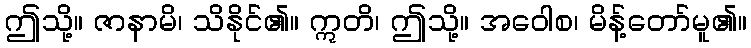
ဤသို့။ ဇာနာမိ၊ သိနိုင်၏။ ဣတိ၊ ဤသို့။ အဝေါစ၊ မိန့်တော်မူ၏။